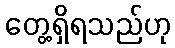
တွေ့ရှိရသည်ဟု